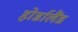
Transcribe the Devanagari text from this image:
होर्डालैंड